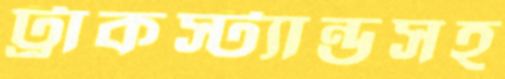
ট্রাকস্ট্যান্ডসহ